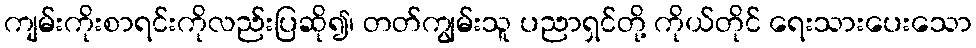
ကျမ်းကိုးစာရင်းကိုလည်းပြဆို၍၊ တတ်ကျွမ်းသူ ပညာရှင်တို့ ကိုယ်တိုင် ရေးသားပေးသော